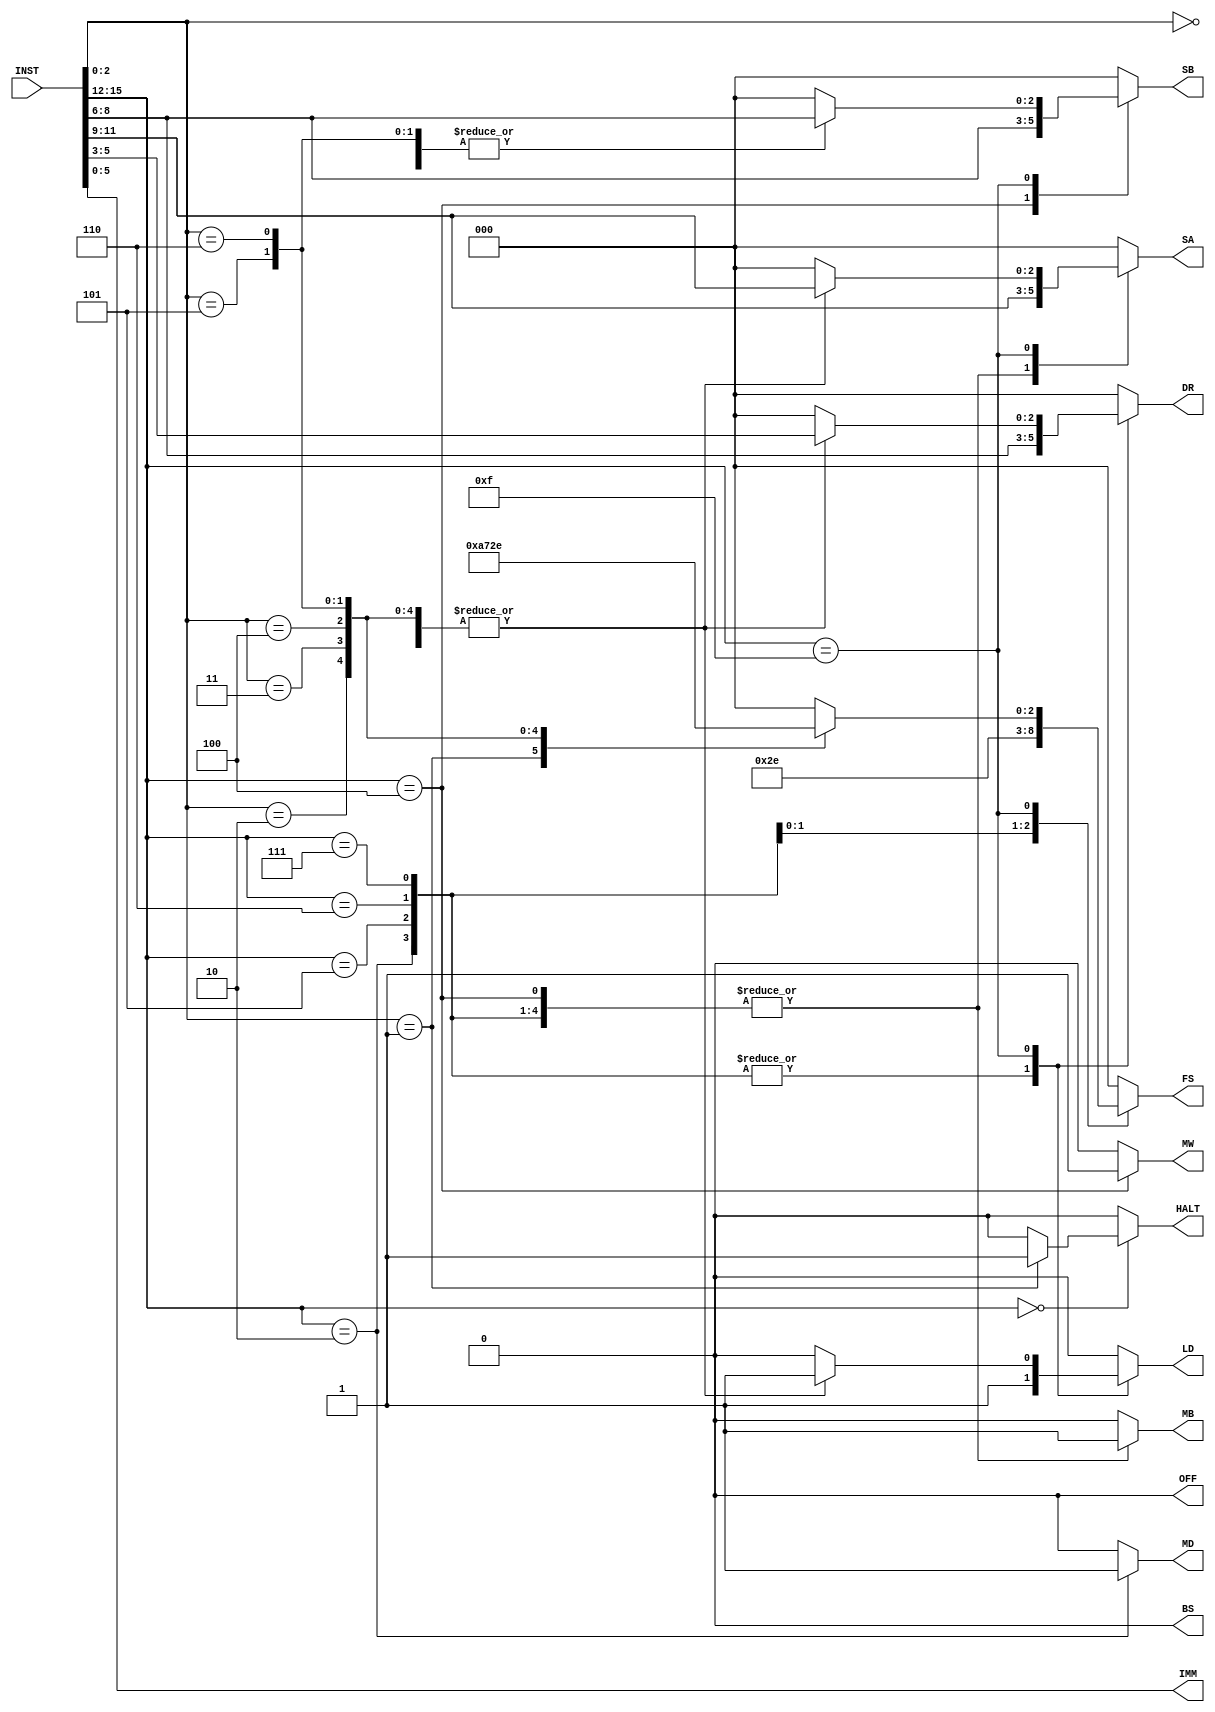
module decoder(INST, DR, SA, SB, IMM, MB, FS, MD, LD, MW, BS, OFF, HALT);
	input [15:0] INST;
	output reg [2:0] DR;
	output reg [2:0]SA;
	output reg [2:0] SB;
	output reg [5:0]IMM;
	output reg MB;
	output reg [2:0] FS;
	output reg MD;
	output reg LD;
	output reg MW;
	output reg BS;
	output reg OFF;
	output reg HALT;
	
	reg [2:0] RT;
	reg [2:0] RS;
	reg [2:0] RD;
	reg [3:0] OP;
	reg [2:0] FUNCT;
	
	

	

always @ (*)
	begin
	RT <= INST[8:6];
	RS <= INST[11:9];
	RD <= INST[5:3];
	IMM <= INST[5:0];
	OP <= INST[15:12];
	FUNCT<= INST[2:0];
	BS = 1'b0; 
	OFF = 1'b0; 
	HALT = 1'b0; 
	case (OP)
	4'd0: begin 
			case(FUNCT)
			3'd1:begin
			DR=3'd0;
			SA=3'd0;
			SB=3'd0; 
			MB=1'b0;
			FS=3'd0;
			MD=1'b0;
			LD=1'b0;
			MW=1'b0;
			HALT=1'b1;
			end
			default:begin
			DR=3'd0;
			SA=3'd0;
			SB=3'd0; 
			MB=1'b0;
			FS=3'd0;
			MD=1'b0;
			LD=1'b0;
			MW=1'b0;
			end
			endcase
			end

	4'b0010: begin 
			DR=RT;
			SA=RS;
			SB=3'd0; 
			MB=1'b1;
			FS=3'd0;
			MD=1'b1;
			LD=1'b1;
			MW=1'b0;
	end
	4'b0100: begin 
			DR=3'd0;
			SA=RS;
			SB=RT; 
			MB=1'b1;
			FS=3'd0;
			MD=1'b0;
			LD=1'b0;
			MW=1'b1;
	end
	4'b0101: begin
			DR=RT;
			SA=RS;
			SB=3'd0; 
			MB=1'b1;
			FS=3'd0;
			MD=1'b0;
			LD=1'b1;
			MW=1'b0;
	end
	4'b0110:
		begin
			DR=RT;
			SA=RS;
			SB=3'd0; 
			MB=1'b1;
			FS=3'b101;
			MD=1'b0;
			LD=1'b1;
			MW=1'b0;
		end
		4'b0111:
		begin
			DR=RT;
			SA=RS;
			SB=3'd0; 
			MB=1'b1;
			FS=3'b110;
			MD=1'b0;
			LD=1'b1;
			MW=1'b0;
		end
	4'b1111: begin 
		case (FUNCT) 
		3'b000:
			begin
				//ADD
				DR=RD;
				SA=RS;
				SB=RT; 
				MB=1'b0;
				FS=3'd0;
				MD=1'b0;
				LD=1'b1;
				MW=1'b0;
			end
		   3'b001:
			begin
				//SUB
				DR=RD;
				SA=RS;
				SB=RT; 
				MB=1'b0;
				FS=3'b001;
				MD=1'b0;
				LD=1'b1;
				MW=1'b0;
			end
			3'b010: begin
				//SRA
				DR=RD;
				SA=RS;
				SB=3'd0; 
				MB=1'b0;
				FS=3'b010;
				MD=1'b0;
				LD=1'b1;
				MW=1'b0;
			end
			3'b011:
			begin
				//SRL
				DR=RD;
				SA=RS;
				SB=3'd0; 
				MB=1'b0;
				FS=3'b011;
				MD=1'b0;
				LD=1'b1;
				MW=1'b0;
			end
			3'b100:
			begin
				//SLL
				DR=RD;
				SA=RS;
				SB=3'd0; 
				MB=1'b0;
				FS=3'b100;
				MD=1'b0;
				LD=1'b1;
				MW=1'b0;
			end
			3'b101:
			begin
				//AND
				DR=RD;
				SA=RS;
				SB=RT;
				MB=1'b0;
				FS=3'b101;
				MD=1'b0;
				LD=1'b1;
				MW=1'b0;
			end
				3'b110: 
					begin
				DR=RD;
				SA=RS;
				SB=RT; 
				MB=1'b0;
				FS=3'b110;
				MD=1'b0;
				LD=1'b1;
				MW=1'b0;
			end		
			default: 
			begin  
			DR=3'd0;
			SA=3'd0;
			SB=3'd0; 
			MB=1'b0;
			FS=3'd0;
			MD=1'b0;
			LD=1'b0;
			MW=1'b0;
			end
		endcase
	end
	default: 
			begin  
			DR=3'd0;
			SA=3'd0;
			SB=3'd0; 
			MB=1'b0;
			FS=3'd0;
			MD=1'b0;
			LD=1'b0;
			MW=1'b0;
			end
	endcase
	end

	/*if (INST[15:12]==4'b0000)
		begin
			//NOP
			
		end
	else if (INST[15:12]==4'b0010)
		begin
			//LB
		end
	else if (INST[15:12]==4'b0100)
		begin
			//SB
			DR=3'd0;
			SA=INST[11:9];
			SB=INST[8:6]; 
			IMM=INST[5:0];
			MB=1'b1;
			FS=3'd0;
			MD=1'b0;
			LD=1'b0;
			MW=1'b1;
		end
	else if (INST[15:12]==4'b0101)
		begin
			//ADDI
			DR=INST[8:6];
			SA=INST[11:9];
			SB=3'd0; 
			IMM=INST[5:0];
			MB=1'b1;
			FS=3'd0;
			MD=1'b0;
			LD=1'b1;
			MW=1'b0;
		end
	else if (INST[15:12]==4'b0110)
		begin
			//ANDI
			DR=INST[8:6];
			SA=INST[11:9];
			SB=3'd0; 
			IMM=INST[5:0];
			MB=1'b1;
			FS=3'b101;
			MD=1'b0;
			LD=1'b1;
			MW=1'b0;
		end
	else if (INST[15:12]==4'b0111)
		begin
			//ORI
			DR=INST[8:6];
			SA=INST[11:9];
			SB=3'd0; 
			IMM=INST[5:0];
			MB=1'b1;
			FS=3'b110;
			MD=1'b0;
			LD=1'b1;
			MW=1'b0;
		end
	else if (INST[15:12]==4'b1111)//maybe make into an else
		begin
		if (INST[2:0]==3'b000)
			begin
				//ADD
				DR=INST[5:3];
				SA=INST[11:9];
				SB=INST[8:6]; 
				IMM=6'd0;
				MB=1'b0;
				FS=3'd0;
				MD=1'b0;
				LD=1'b1;
				MW=1'b0;
			end
		else if (INST[2:0]==3'b001)
			begin
				//SUB
				DR=INST[5:3];
				SA=INST[11:9];
				SB=INST[8:6]; 
				IMM=6'd0;
				MB=1'b0;
				FS=3'b001;
				MD=1'b0;
				LD=1'b1;
				MW=1'b0;
			end
		else if (INST[2:0]==3'b010)
			begin
				//SRA
				DR=INST[5:3];
				SA=INST[11:9];
				SB=3'd0; 
				IMM=6'd0;
				MB=1'b0;
				FS=3'b010;
				MD=1'b0;
				LD=1'b1;
				MW=1'b0;
			end
		else if (INST[2:0]==3'b011)
			begin
				//SRL
				DR=INST[5:3];
				SA=INST[11:9];
				SB=3'd0; 
				IMM=6'd0;
				MB=1'b0;
				FS=3'b011;
				MD=1'b0;
				LD=1'b1;
				MW=1'b0;
			end
		else if (INST[2:0]==3'b100)
			begin
				//SLL
				DR=INST[5:3];
				SA=INST[11:9];
				SB=3'd0; 
				IMM=6'd0;
				MB=1'b0;
				FS=3'b100;
				MD=1'b0;
				LD=1'b1;
				MW=1'b0;
			end
		else if (INST[2:0]==3'b101)
			begin
				//AND
				DR=INST[5:3];
				SA=INST[11:9];
				SB=INST[8:6]; 
				IMM=6'd0;
				MB=1'b0;
				FS=3'b101;
				MD=1'b0;
				LD=1'b1;
				MW=1'b0;
			end
		else
			begin
				//OR
				DR=INST[5:3];
				SA=INST[11:9];
				SB=INST[8:6]; 
				IMM=6'd0;
				MB=1'b0;
				FS=3'b110;
				MD=1'b0;
				LD=1'b1;
				MW=1'b0;
			end		
		end
	end*/
	

endmodule